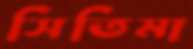
সিতিমা